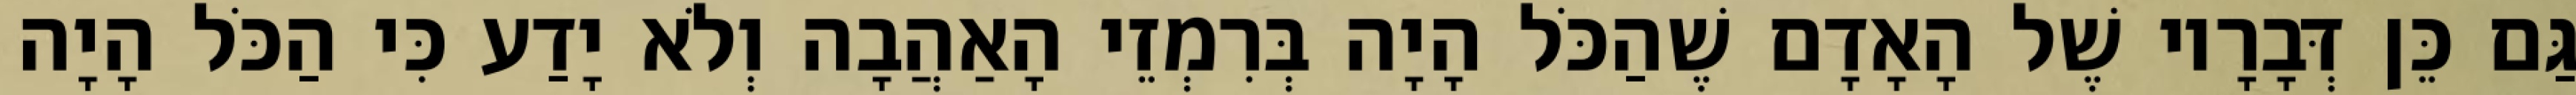
גַּם כֵּן דְּבָרָיו שֶׁל הָאָדָם שֶׁהַכֹּל הָיָה בְּרִמְזֵי הָאַהֲבָה וְלֹא יָדַע כִּי הַכֹּל הָיָה